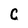
Character: C